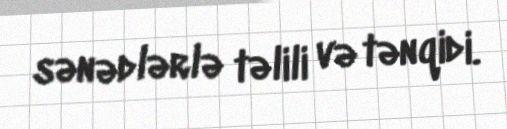
sənədlərlə təlili və tənqidi.